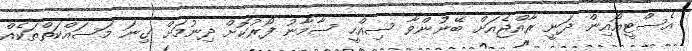
އެސްޓީއޯއިން ދަނީ ރާއްޖެއަށް ބޭނުންވާ ސިއްހީ ސާމާނު ފޯރުކޮށް ދިނުމަށް ގިނަ މަސައްކަތްތަކެއް